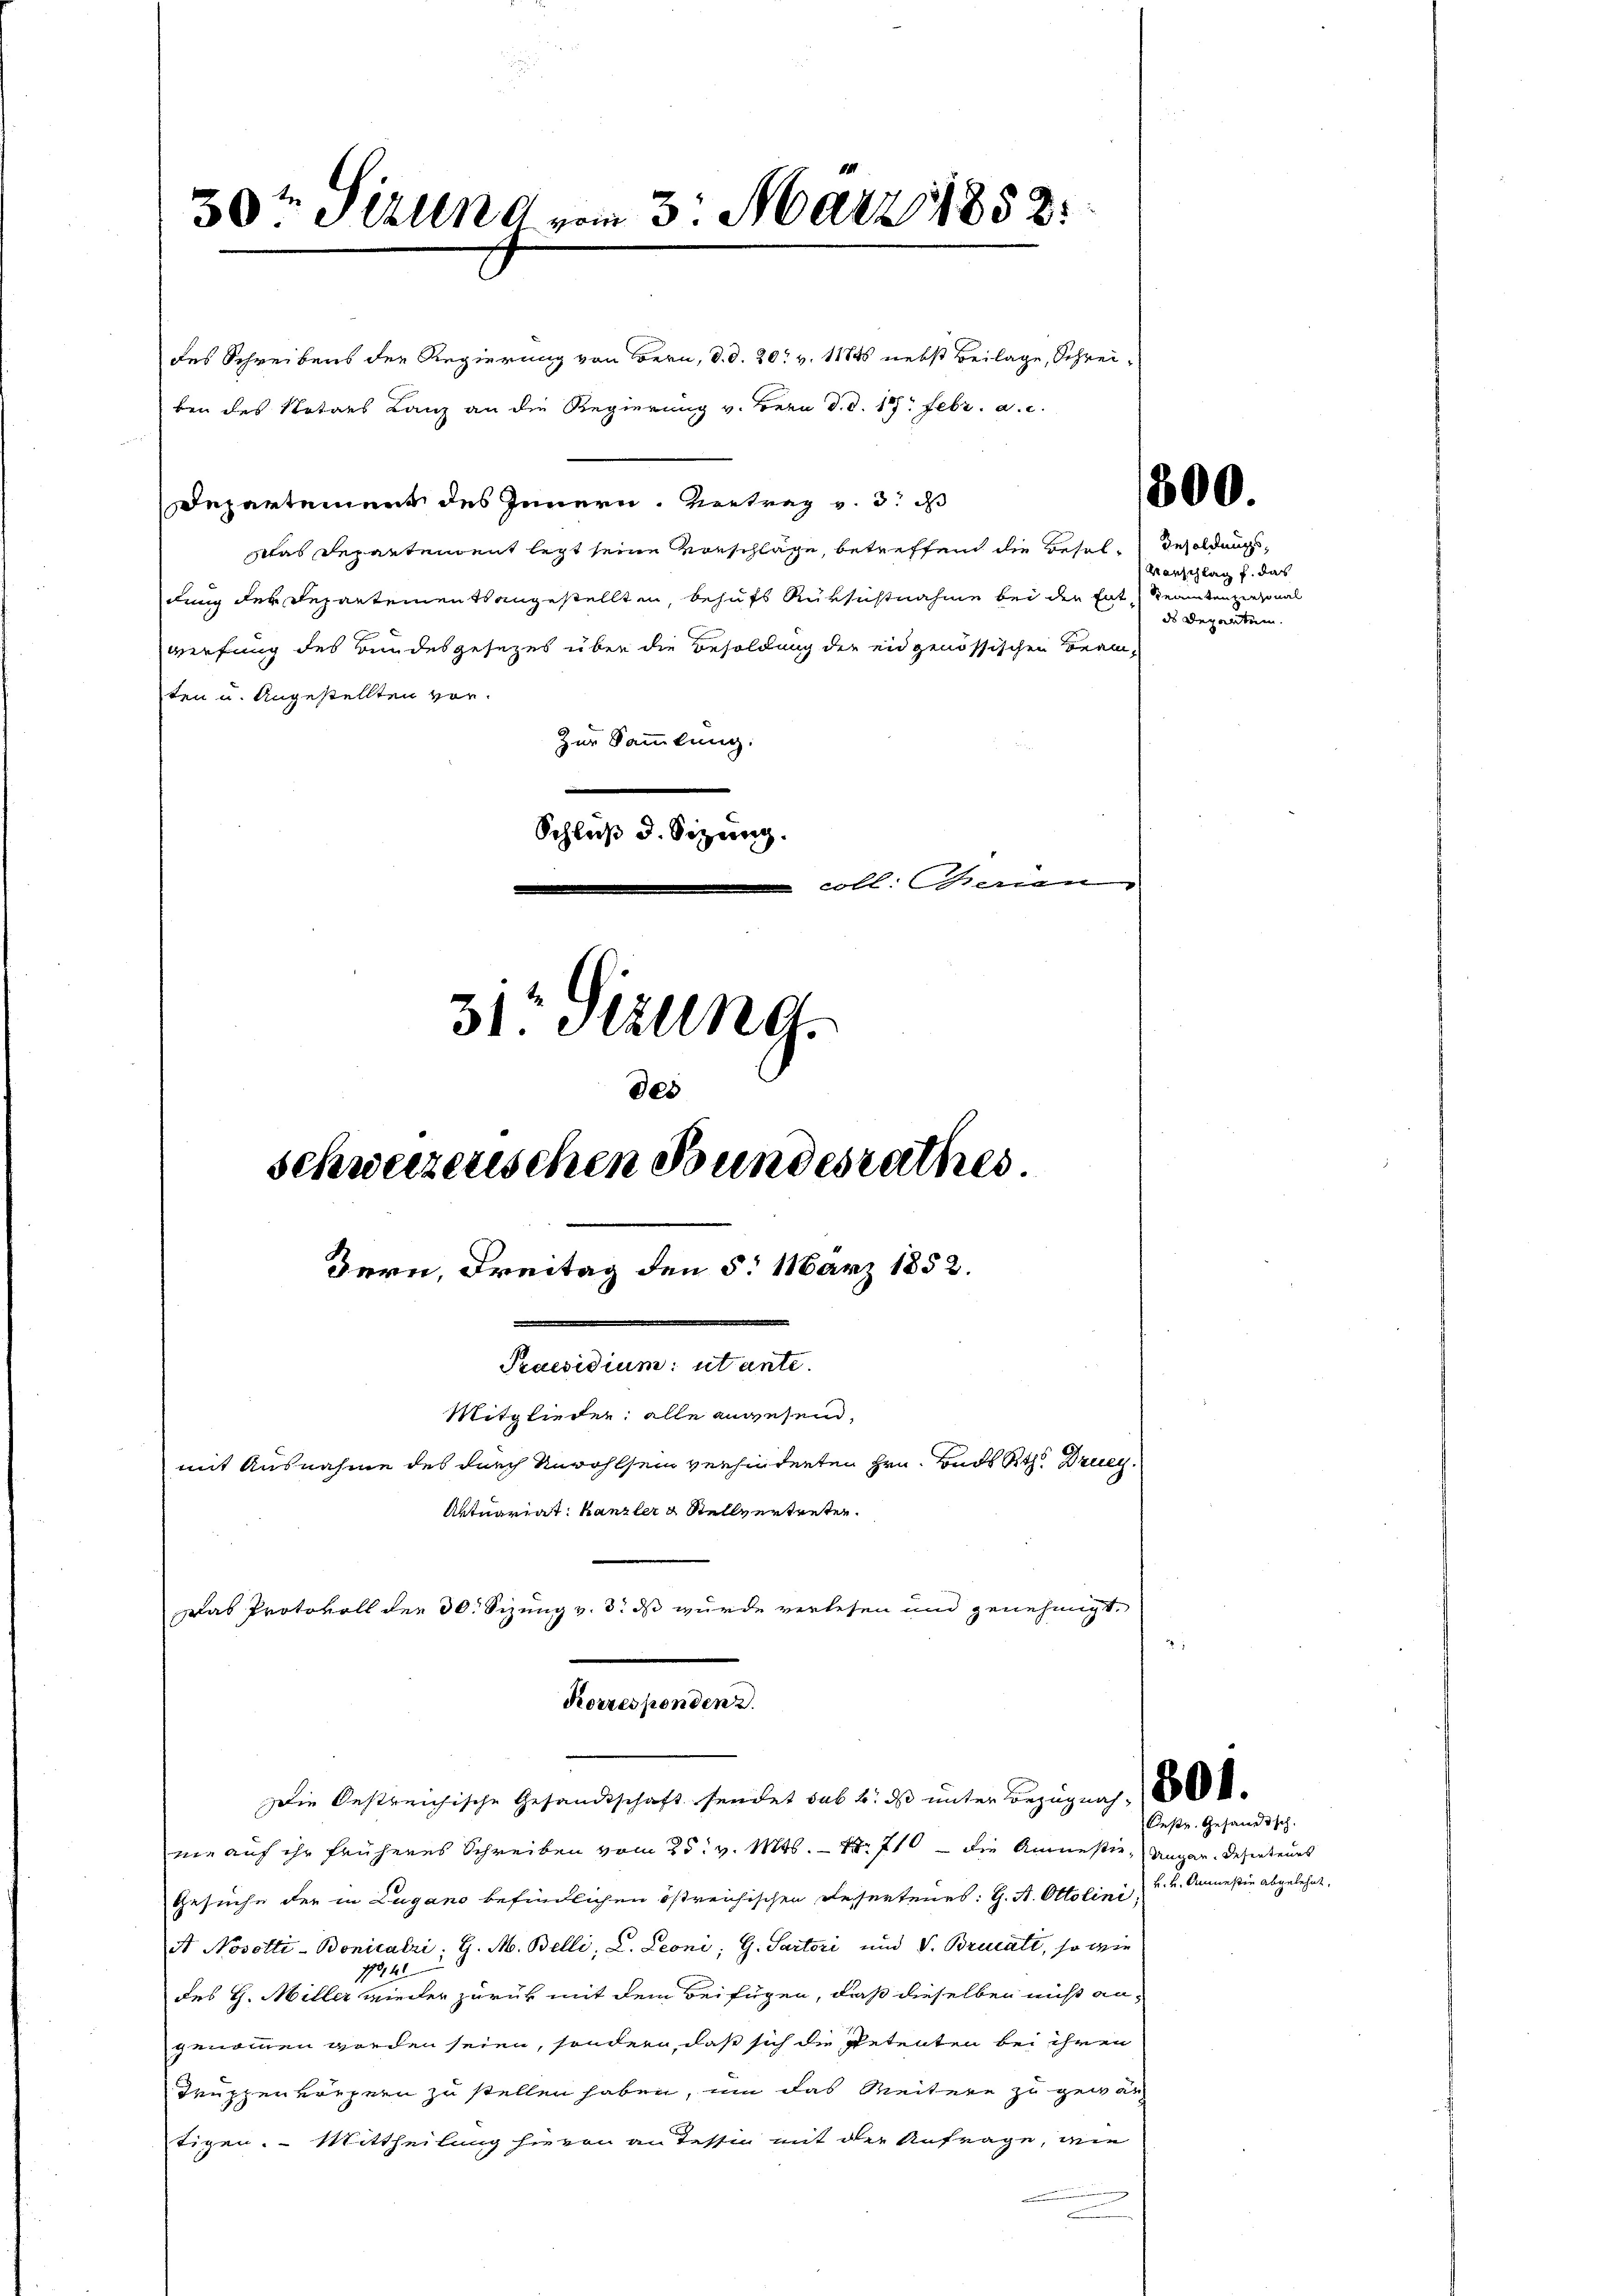
30ten Sitzung vom 3. März 1852

des Schreibens der Regierung von Bern, d. d. 20t v. 11845 nebst Beilage, Schreiben des Notars Lanz an die Regierung v. Bern d. d. 117. Febr. a. c.
Departement des Innern. Vertrag v. 3. ds
das Departendent legt seine Vorschläge, betreffen die Besel, Besoldung
dung der Repartements angestellten, behufs Rüksichtnahme bei der Ent Kenntenziersonal
werfung des Bundesgesezes über die Besoldung der eidgenössischen Beam-
ten u. Angestellten vor¬
Zur Sammlung.
Schluß d. Sitzung.
coll. Dienen

31: Sizung.
des
schweizerischen Bundesrathes
Bern, Freitag den 5. März 1852.
Praesidium: utante.
Mitglieder: alle anwesend,
mit Ausnahme des durch Unwohlsein verhindenten Hrn. Bads Rth. Druey.
Aktuariat: Kanzler & Stellvertreten.
Das Protokoll der 30. Sizung v. 3. ds wurde verlesen und genehmigt.

Korresponden 2.
Die Oestreichische Gesandtschaft sendet sub b. das unter Bezugung, 180

ne auf ihr früheres Schreiben vom 25. v. Mts. — Nr. 710 — die Amnestie, Ungar. Deserteurs
Gesuche der in Lugano befindlichen östreichischen Resertenes: G. A. Ottolini, u. 2. Anmeßin abgelehnt.
At Nosotti-Bonicalri; G. M. Belli, L. Leoni; G. Sartori und V. Brucate, so wie
1941.
des H. Miller wieder zurück mit dem Beifügen, daß dieselben nicht an-
genommen worden seien, sondern, daß sich die Petenten bei ihren
Truppenkrepern zu stellen haben, um das Weitere zu gewär
tigen. Mittheilung hievon an Tessin mit der Anfrage, wie

300.

Vorschlag f. das
ds Departen.

Desr. Gesandtsch.